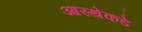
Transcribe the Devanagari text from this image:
आस्थेकडे